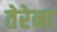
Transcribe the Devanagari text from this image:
तेरेना